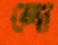
লো